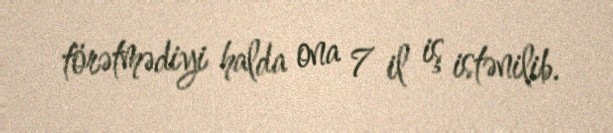
törətmədiyi halda ona 7 il iş istənilib.